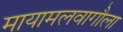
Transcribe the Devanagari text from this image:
मायामलवागौला